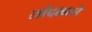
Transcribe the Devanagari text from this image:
तांदळाने